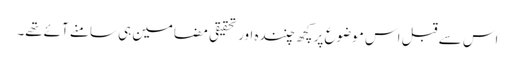
اس سے قبل اس موضوع پر کچھ چنندہ اور تحقیقی مضامین ہی سامنے آئےتھے۔